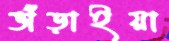
ভাঁড়াইয়া